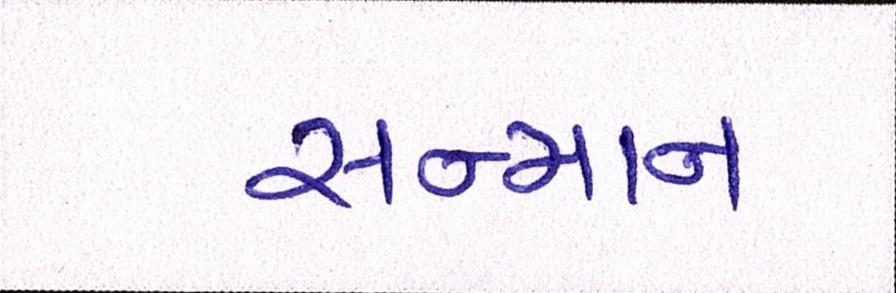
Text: સન્માન